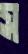
স